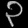
Digit: ၃